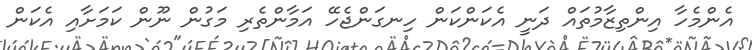
އެންމެހާ އިންތިޒާމުތައް ދަނީ އެކަންކަން ހިނގަންޖެހޭ އަމާންތެރި މަގުން ނޫން ކަމަށާއި އެކަން